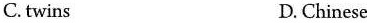
C. twins D. Chinese